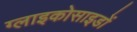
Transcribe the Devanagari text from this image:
ग्लाइकोसाइडों